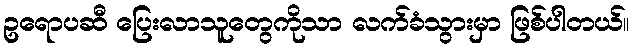
ဥရောပဆီ ပြေးလာသူတွေကိုသာ လက်ခံသွားမှာ ဖြစ်ပါတယ်။